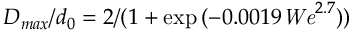
{ D _ { m a x } / d _ { 0 } } = { 2 / ( 1 + \exp { ( - 0 . 0 0 1 9 { \it W e } ^ { 2 . 7 } ) } ) }